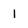
Character: 1